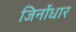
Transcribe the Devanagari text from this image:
जिर्नोधार